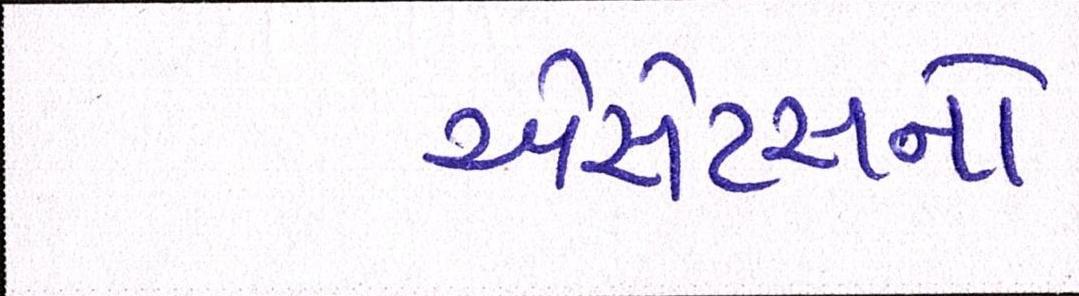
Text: એસેટસનો